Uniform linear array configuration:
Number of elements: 4
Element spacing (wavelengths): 0.25
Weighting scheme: binomial
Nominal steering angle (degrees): -30
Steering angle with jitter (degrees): -29.556
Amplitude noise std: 0.05
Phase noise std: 0.05

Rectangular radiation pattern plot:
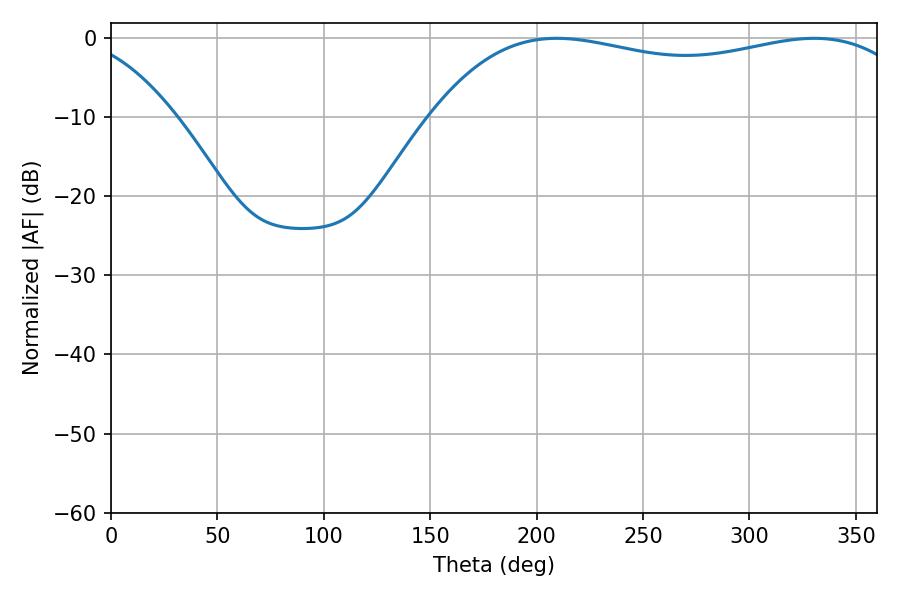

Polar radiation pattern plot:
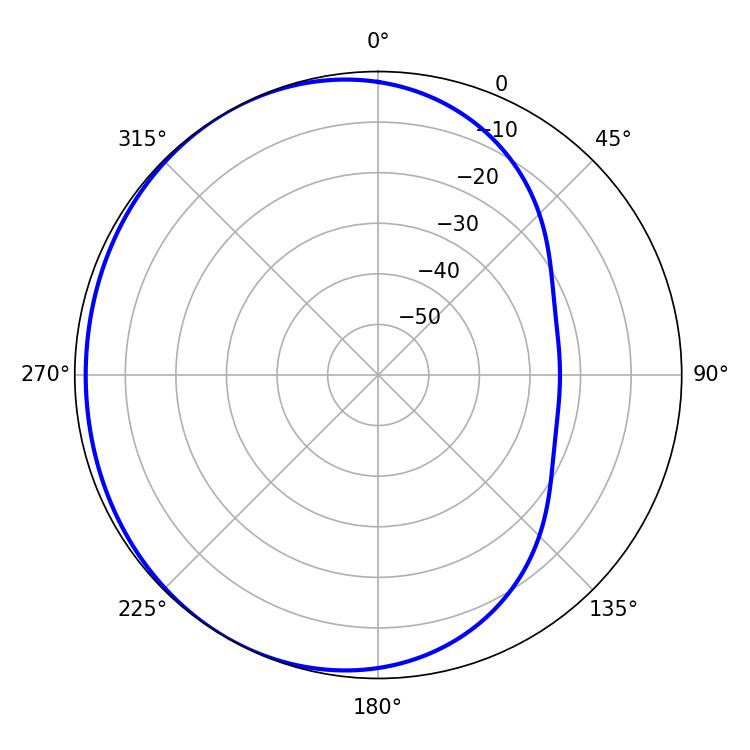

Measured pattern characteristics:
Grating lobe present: FALSE
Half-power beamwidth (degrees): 185.4
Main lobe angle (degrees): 209.52